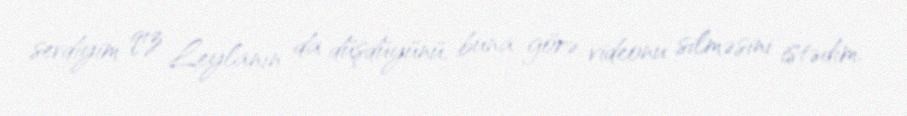
sevdiyim qız Leylanın da düşdüyünü, buna görə videonu silməsini istədim.